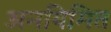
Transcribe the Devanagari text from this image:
अनयिमित